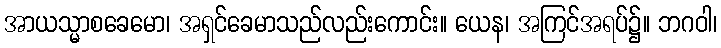
အာယသ္မာစခေမော၊ အရှင်ခေမာသည်လည်းကောင်း။ ယေန၊ အကြင်အရပ်၌။ ဘဂဝါ၊